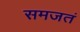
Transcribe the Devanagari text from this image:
समजतं